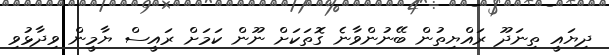
ދިޔައީ ތިނަދޫ ރައްޔިތުން ބޭނުންވާނެ ގޮތަކަށް ނޫން ކަމަށް ރައީސް ޔާމީން ވިދާޅުވި